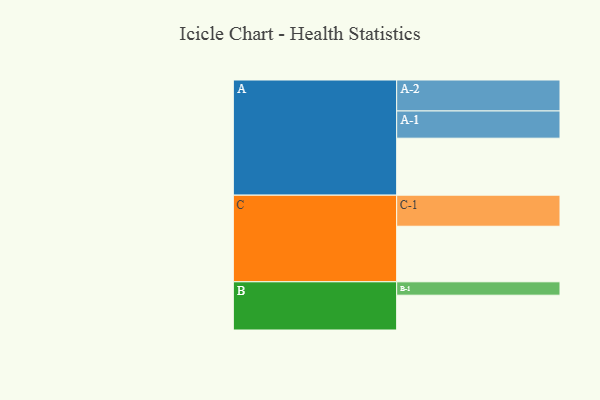
{"axis": {"x": "Segment", "y": "Value"}, "legend": ["", "A", "B", "C"], "data": [{"x": "A", "y": 519, "type": ""}, {"x": "B", "y": 317, "type": ""}, {"x": "C", "y": 506, "type": ""}, {"x": "A-1", "y": 248, "type": "A"}, {"x": "A-2", "y": 282, "type": "A"}, {"x": "B-1", "y": 122, "type": "B"}, {"x": "C-1", "y": 283, "type": "C"}]}